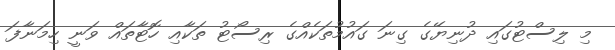
މި ލިސްޓުގައި ދުނިޔޭގެ ގިނަ ގައުމުތަކެއްގެ ރިސޯޓު ތަކާއި ހޮޓާތައް ވަނީ ހިމަނާފަ